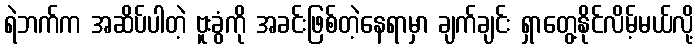
ရဲဘက်က အဆိပ်ပါတဲ့ ဗူးခွံကို အခင်းဖြစ်တဲ့နေရာမှာ ချက်ချင်း ရှာတွေ့နိုင်လိမ့်မယ်လို့